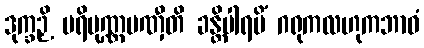
ဒုက္ခဉှိ ပရိပုဏ္ဏပဏှီတိ ခန္တိပါရမိံ ဂရုကလဟုကဘာဝံ